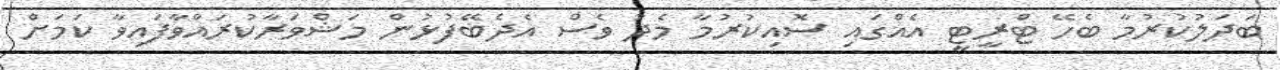
ބަދަލުކުރުމާ ބެހޭ ޓްރީޓީ އެއްގައި ސޮއިކުރުމާ މެދު ވެސް އެދެބޭފުޅުން މަޝްވަރާކުރައްވާފައިވާ ކަމަށް